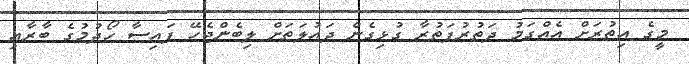
މީގެ އިތުރަށް އެއްގަމު ދަތުރުފަތުރާ ގުޅިގެން ދައުލަތަށް ލިބެންޖެހޭ ފައިސާ ހޯދުމުގެ ބާރާއި